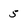
Character: 5